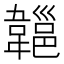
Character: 𩏔